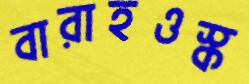
বারাহওস্‌ক